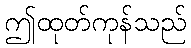
ဤထုတ်ကုန်သည်